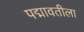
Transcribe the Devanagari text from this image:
पद्मावतीला